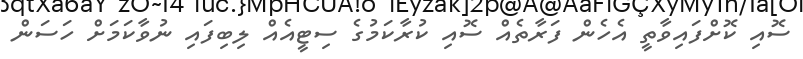
ސޮއި ކޮށްފައިވާތީ އެހެން ފަރާތެއް ސޮއި ކުރާކަމުގެ ސިޓީއެއް ލިބިފައި ނުވާކަމަށް ހަސަން